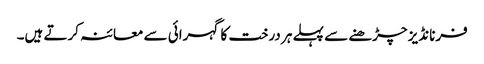
فرنانڈیز چڑھنے سے پہلے ہر درخت کا گہرائی سے معائنہ کرتے ہیں۔